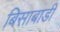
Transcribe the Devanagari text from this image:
बिसाबाडी